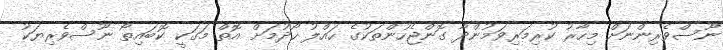
ނޫސްވެރިންނަށް މިހާރު ކުރިމަރިވަމުންދާ ގޮންޖެހުންތަކުގެ ހައްލު ހޯދުމަށް އޮތް މަގަކީ ކޮބައިތޯ ނޫސްވެރިޔަކު